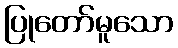
ပြုတော်မူသော